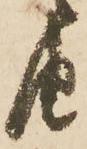
由